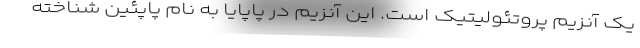
یک آنزیم پروتئولیتیک است. این آنزیم در پاپایا به نام پاپئین شناخته